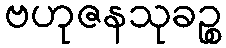
ဗဟုဇနသုခဉ္စ